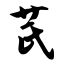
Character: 芪